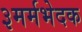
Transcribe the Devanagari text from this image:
३मर्मभेदक